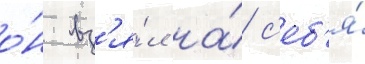
о́н вз'я́л на́ с'еб'я́